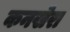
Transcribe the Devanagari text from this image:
कनखेरा